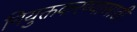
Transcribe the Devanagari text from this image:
नियुक्तकरण्यासाठी